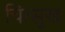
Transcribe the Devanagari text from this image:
चित्सुख